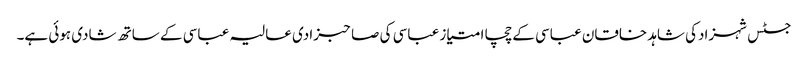
جسٹس شہزادکی شاہد خاقان عباسی کے چچا امتیاز عباسی کی صاحبزادی عالیہ عباسی کے ساتھ شادی ہوئی ہے۔